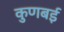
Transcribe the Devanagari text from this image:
कुणबई